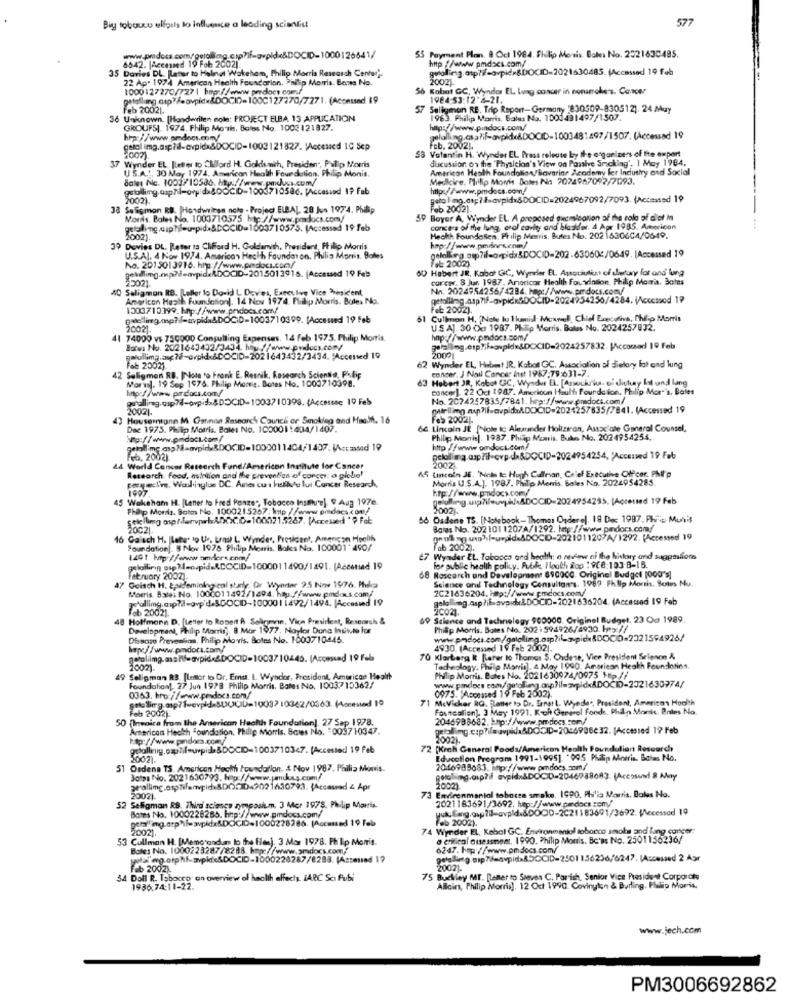
577
Big toboucu eligils to influence a leading scientist
55 Payment Plan. 8 Oct 1984. Fhiilip Morris. Boles No. 2521630485.
http :/www pmd><1.com/
35 Davies DL. PLener to Helmut Wakeham, Philip Morris Research Center".
6542. |Acenned 19 Feb 2
gotolling.atp?/f=orpidr&DOCID-2021630485. (Accessed 19 feb
22 Ap. 1974 American Health Foundation. Philip Morris. Bases No.
20021.
1000127270/727 | bror//www.perdoes com/
56 Kabat GC, Wyndor EL Lung cancer in nonanche"s. Cancer
getalling asp?/eavpid=&DOCID=1000127270/7271. (Aconssad) 19
1984:53:12 2-21.
Feb 20021.
57 Seligmon RE. Trip Report-Germany '830509-830512). 24 Muy
36 Unknown. [Handwrilen note: PROJECT ELBA 13 APPLICATION
1963. Philip Morris. Bales No. 1001431497/1507.
GROUFSJ. 1974. Fhilip Motis. Boles No. 1003121827.
http://www.pindocs.com/
hrp://www.omdocs.com/
58 Volantin H. Wynder EL. Press release by the organizers of the export
Feb. 2002).
2002)
discussion on the Physician's View on Passive Smoking', 1 May 1984.
37 Wynder EL [teter to Chford H. Goldenth, Presiden", Polip Morris
American Health Foundolio valavarine Academy ler Industry and Social
USA !, 30 May 1974. American Health Foundation, Philip Monis.
Sales Ne. 1001/10586. Http:/ /www.pmducs.com/
Medicire. Philip Morris Dotes No 2024957092/7093.
http://www.pmdocs.com/
2002).
getalmg.asp) &&avpidx&DOCID=2024967092/7093. (Accessed 19
38 Seligman RB. [Hondwringn note - Project ELBAL. 28 Jun 1974. Philip
Feb 20021.
Morris. Boles No. 1003710575 hp://www.pmdocs.com/
Boyer A, Wiynder EL. A proposed duecmication of the colo of alot In
gelelimg.cip?ileupid.ADOCID=1003710575. (Accessed 19 feb
cont t'a of the lung, oral cavity and blaster. 4 Apr 1985. Americon
2002
Hechk Foundesen. Philip Morris. Bules No. 20216306C4/0649.
39 Dovies DL. Peter ta Clifford H. Goldamith, President, Philip Morris
hop://www.perloes.com/
U.S.AJ. 4 Now 1974. America> Heckh Faundaron. Philip Morris. Boles
No. 201 5013916. hrp://www.pmdoci.com/
gekdlimg.mp?denpideÅDOCID-2015013916. (Accessed 19 Feb
OU Habert JR, Kabol GC, Wyndler EL. Ausatiulin of sladtry fot and lung
2002)
22021.
corons. 8 Jun 1987 . Anoricor Health Foundation. Philip Morris. Boles
40 Seligman RB. ILeller to Dovid L Dovies, Executive Vice Resident,
Na. 2024954256/4284. hep:/www.pmdocs.com/
American Health Foundation(. 14 Nov 1974. Philip Morris. Bates No.
etollimg_asp?16-avpickSDOCID-2024754256/4284. V/cocmood 19
1003710399. bp://www.prodocx.com/
Fet 2002).
Cullmen H, 'Nate lo Ilmis Moawel, Chief Executive, Philip Morris
20021.
USA]. 30 Od 1987. Philip Morris. Boles No. 2024257832.
41 74000 vs 759900 Consulting Expenses, 14 feb 1975. Philip Morris,
hap://www.pmdocs.com/
Bows No. 2021643402/3434. hiu. //www.procs.com/
galollima.auc ?8-orpid.&DOCID-2021643432/3434. Accented 19
Fob 20021
62 Wynder EL, Habent JR. Kabal GC, Association of dietary lat and lung
conser. J Nail Cancer Inst 1987:79:631-7.
42 Seligman RB. [Note to Frank E. Resnik, Research Scientist, Philip
Moral. 19 Sep 1976. Philip Morris. Botes No. 1000710398.
63 Hebert JR, Kobot CC, Wysder EL. [Assuchriks. of dichay lot und lang
http://www.pr.docs.com/
cancer). 22 Oct 1987. American Hauth Foundation. Philip More's. Boles
No. 2024247835/7841. hra://www.pradoci.com/
20021.
galelling nup?ifsovpid:ADOCID=2024257835/7841. (Accessed 19
43 Houseintonn M Garnaa Research Council er Smoking and Hao.M. 16
Feb 20021.
Dae 1975. Philip Morris. Boles No. 100001:404/1407.
66 Lincoln JE [Note to Alexander Holtzran, Astac'ate General Counsel,
Philip Morris]. 1987. Philip Manis. Bules No. 2024954254.
getollimg.asp ?- avpire&DOCID=1000011404/1407. Wccastod 19
Feb, 2002)
44 World Cancer Research Fund/American Institute for Cancer
45 Lincoln JE. 'Nols te Hugh Cullman, Calef Executive Officer. PMl'p
2002
peryactive, Wad inglise D.C. Ames out hellste lui Cancer Research.
Research, Food, nutrition and the prevention of concer: o globe!
Morris U.S.A.]. 1987. Philip Morris, Sales No. 2024954285.
1997
htp://www.p-docs.com/
45 Wakeham H. [Letter to Fred Ponge", Tobacco Insmvp]. 9 Aug 1976.
Philip Morris. Botes No. 1000215267. http //www.pmdocs.com/
2002).
sekelling ospr.fenupokADOC.D-100521.5267. (Accessed "> Fok
Osdone TS. [Notebook- Thomas Onderel. 18 Dec 1997. Phic Munis
2002|
Bolas No. 202 101 1207A/1292. htp://www.pedocs.com/
16 Galsch H. [Leber to Ur. trns) L Wynder, President, Amencon Hoolih
Foundation. 5 Nov 1976 Philip Morris. Boles No. 100001 ' 490/
Feb 2002).
1401 htp://www.omderx.com/
67 Wynder EL. Tabacco and health: o review of the history and suggestions
gelollinin asp ?eospida&COCID=1000011490/1491. (Acestied 19
for public health policy, Purble Hooth Rop : 908:103-8-15.
February 20021.
68 Research and Development 890000. Original Budget [000's]
Science and Technology Consultants. 1987 Philip Morris, Boim Nu
Geisch H. Baldemiological starly. Or Wynriar 25 Nov 1976. Php
Morris. Bales No. 1000011492/1494. hop.//www.pmdou.s.com/
2C21636204. Hp://www.pmdocs.com/
getallimg.asp?il-avp'd.SDOCID-1000011492/1494. |Accosted 19
gelelleg.asp ?ifavpide&DOCID-2021636204. (Accessed 19 Feb
Feb 20021
20021.
48 Holfmann D. [Letter to Ropert À Seligman, Vice President, Research &
69 Science and Technology 900000. Original Budget. 23 Od 1989.
Development, Philip Morris ,. 8 Mor 1977. Naylor Donc Inseto for
Philip Morris. Boles No. 202:594926/4930. Her://
Disease Prevention, Philip Morris. Boles No. 1000710445.
hex//www.pmdott.com/
4930. (Accessed 19 Feb 2002).
70 Klarberg R [ater to Thomas S. Oudese, Vice President Science &
1002)
Tacheslogy. Philip Morris], & May 1990. American Heath Foundlatios.
49 Seligman RS. [lesor to Dr. Ems. L. Wyndor, President, American Health
Phillip Morris. Botes No. 2021630974/0975 +p //
Foundation. 27 Jun 1978 Philip Morris. Bates No. 1003710362/
0363. hro://www.pesdocs.com/
71 McVicher RG. Flotter is Dr. Snart. Wieder, President, American Hoolth
ised 19 Feb 2002).
Feb 2002).
Fousealion]. 3 May 1991. Koch Gererol foods. Phin Monis, Bains No.
50 (Invoice from the American Health Foundation]. 27 Sap 1978.
2046988682.bp://www.
American Health Foundation. Philip Morris, Soves No. 1009710347.
passing ciphileuvpida&DOCID-2024986232. [Accessed 19 Feb
2022).
golalleg. cap Til-upide &DOCID-1003710347. [Accessed 19 Feb
72 [Krch General Foods/American Health Founduliert Research
5002)
Education Program 1991-19951 .00.5 Putin Morris. Bolas No.
51 Osdena TS. American Heath Foundation. & Nov 1987. Philia Monis.
2016983083. mp://www.pmdocs.com/
Botas No. 2021630793. hay://www.panxs.cum/
20021
20021.
73 Endirenmanial tobacen smake. 1990. Philia Morris. Balas No.
2021163691/3692. hutp://www.padocs.comy/
52 Seligman RB. Third science symposium. 3 Mcr 1978, Philip Morris.
Bases No. 1000228285. http://www.pmdocs.com/
getall mg.etphil= svpidx&DOCID=1000228286. [Accessed 19 Feb
feb 2002).
74 Wynder EL, Kebat GC. Environmentof tobacco smoke and lung cancer
53 Cullman H. [Memorandum lo the files). 3 Mor 1978. Philip Morris.
a critical assessment. 1990. Philip Morris. Bc'ss No. 2501156236/
Bole: No. 1000223287/8288. http://www.amdocs.com/
6247. hap://www.pmdocs.com/
Feb 2002)
2002).
34 Doll R. Tobacco on overview of health effects. IARC Sc Fubi
75 Buckley MT. [Lener to Sieves C. Parrish, Senior Vice President Corporate
1936.74:11-22.
Allcir, Philip Morris]. 12 Oct 1990. Covington & Burling. Philip Morris.
www.jech.com
PM3006692862